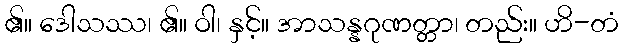
၏။ ဒေါသဿ၊ ၏။ ဝါ၊ နှင့်။ အာသန္နဂုဏတ္တာ၊ တည်း။ ဟိ-တံ